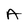
Character: A